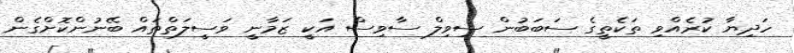
ހަދިޔާ ކުރެއްވި ތަކެތީގެ ސަބަބުން ސިވިލް ސާވިސް އަކީ ޒަމާނީ ވަސީލަތްތައް ބޭނުންކޮށްގެން